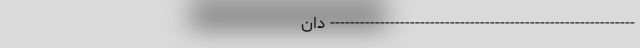
------------------------------------------------------------- دان